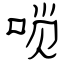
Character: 唢